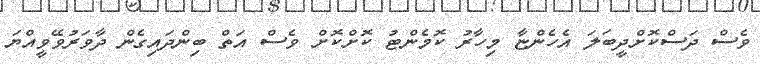
ވެސް ދަސްކޮށްދީބަލަ އެހެންޏާ މިހާރު ކޮމެންޓު ކޮށްކޮށް ވެސް އަތް ބިންދައިގެން ދާވަރުވޭވީއްޔަ